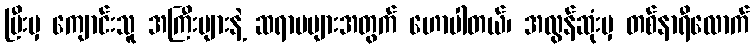
ပြီးမှ ကျောင်းသူ အကြီးများနဲ့ ဆရာမများအတွက် ဟောပါတယ်၊ အလွန်ဆုံးမှ တစ်နာရီလောက်